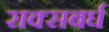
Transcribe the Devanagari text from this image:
राक्सबर्घ